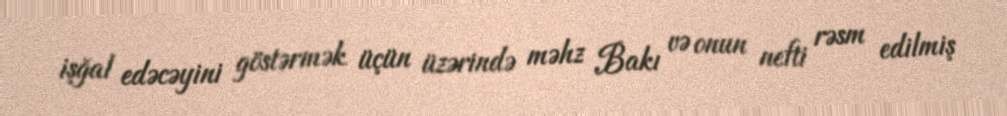
işğal edəcəyini göstərmək üçün üzərində məhz Bakı və onun nefti rəsm edilmiş